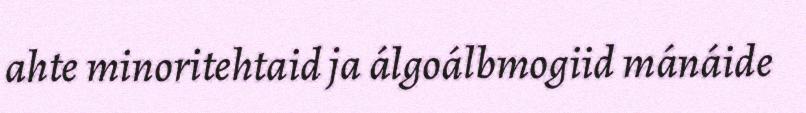
ahte minoritehtaid ja álgoálbmogiid mánáide